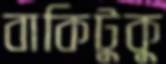
বাকিটুকু